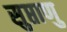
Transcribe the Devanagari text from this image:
सुप्ताणु